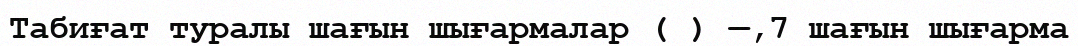
Табиғат туралы шағын шығармалар ( ) —,7 шағын шығарма